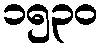
၁၅၃၀